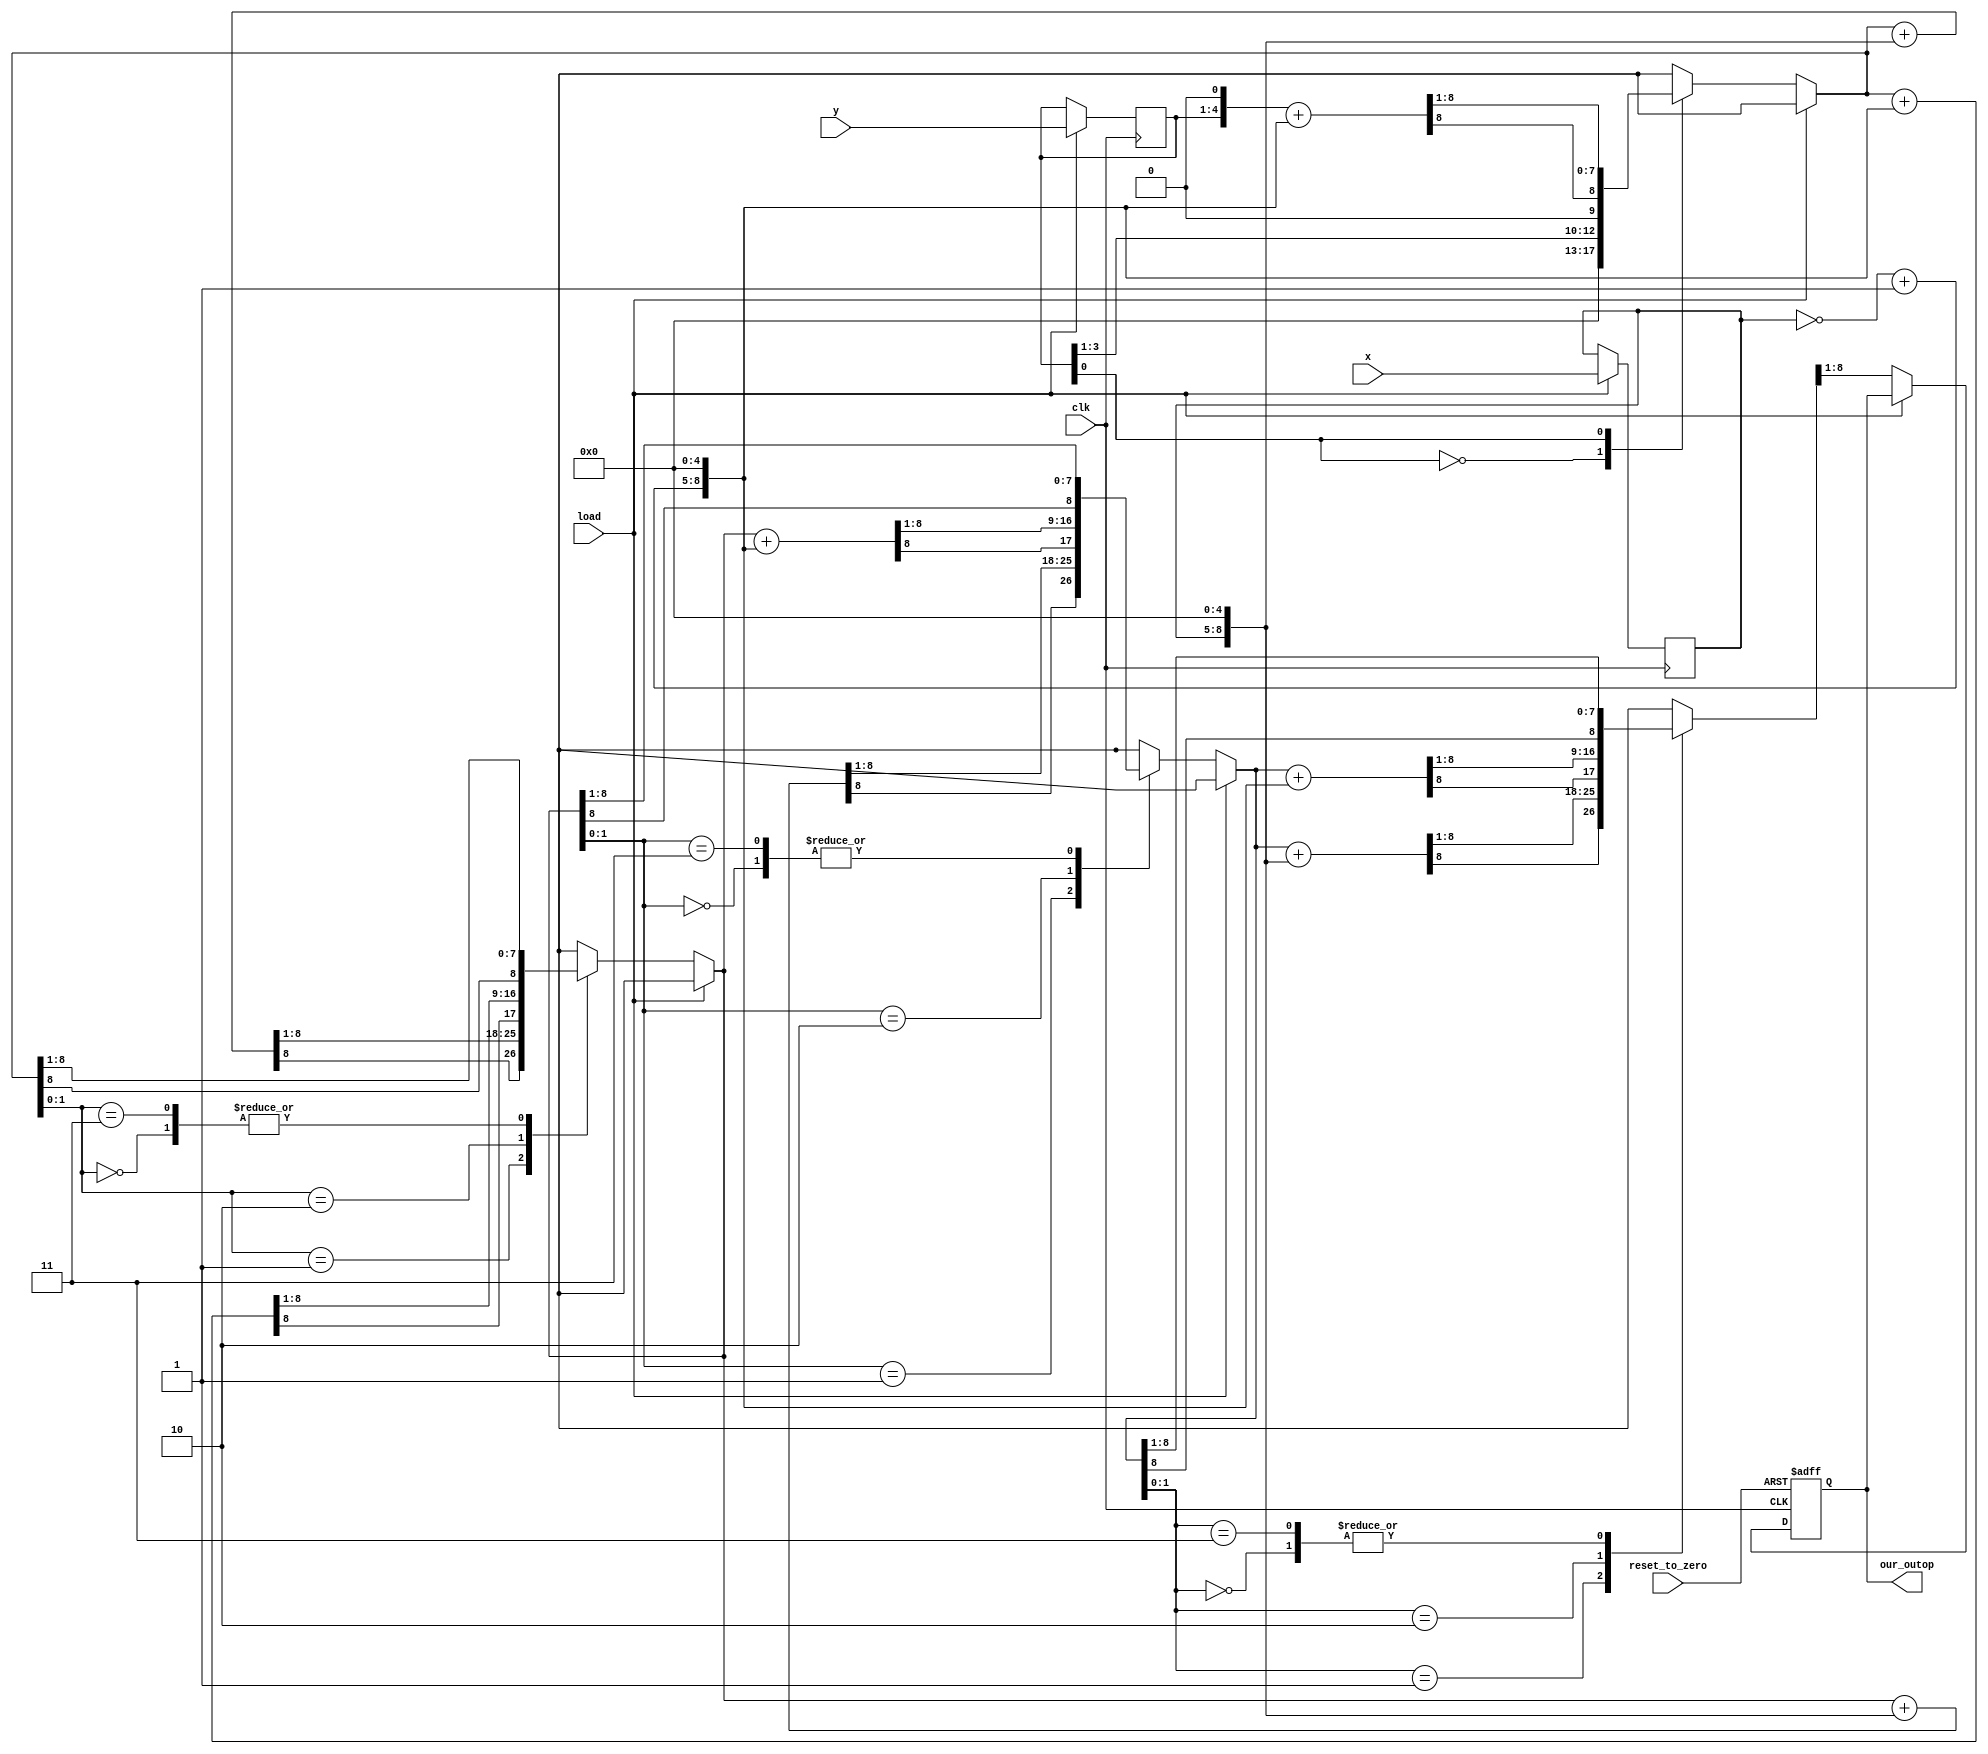
module mp_booth(x, y, clk, load, reset_to_zero, our_outop);
   integer a;
   output reg [7:0] our_outop;
   input clk,reset_to_zero,load;
   input [3:0] x;
   input [3:0] y;
   reg [8:0]  tempx1,tempsum,temp_production;
   reg [3:0]  tempx_bar,tempasum,tempx,tempy;
  
   
  always @(posedge clk)
  begin
  if(load)                  
  begin
  tempx=x;
  tempy=y;
  end
  end
  
   always @ (posedge clk,posedge reset_to_zero)
   begin
   if(reset_to_zero)
   our_outop=0;
    else
    begin
    if(~load)    //when we dont have new operators so we continue to multyple last operators
    begin
    tempx_bar= ~ tempx;
    tempasum = (tempx_bar + 1);   
    tempx1={tempx,5'b00000};
    tempsum={tempasum,5'b00000};
    temp_production={4'b0000,tempy,1'b0};
      for(a=0;a<4;a=a+1)
      begin
      case(temp_production[1:0])
      2'b00 : temp_production = {temp_production[8],temp_production[8:1]};
      2'b01 :begin temp_production =temp_production + tempx1;
      temp_production = {temp_production[8],temp_production[8:1]};
      end
      2'b10 :begin temp_production = temp_production + tempsum;
      temp_production = {temp_production[8],temp_production[8:1]};
      end
      2'b11 : temp_production = {temp_production[8],temp_production[8:1]};
      default: temp_production = 9'bx;
	  endcase 
      end 
      our_outop=temp_production[8:1];
      end 
    end 
    end
endmodule